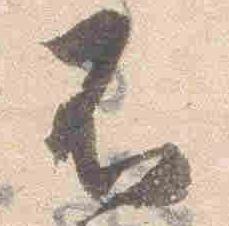
不